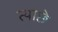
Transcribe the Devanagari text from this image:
त्याछे